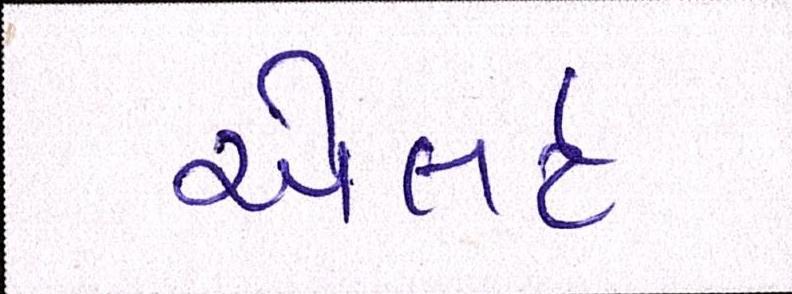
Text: એલર્ટ